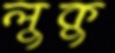
লুকু